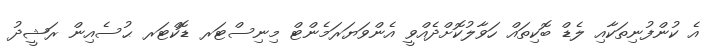
އެ ކުންފުނިތަކާއި ލެޑް ބޮކިތައް ހަވާލުކޮށްދެއްވީ އެންވަޔަރަމެންޓް މިނިސްޓަރ ޑޮކްޓަރ ޙުސެއިން ރަޝީދު